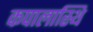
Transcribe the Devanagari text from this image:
कपालास्थि